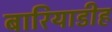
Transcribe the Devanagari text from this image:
बारियाडीह